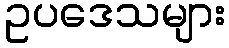
ဥပဒေသများ